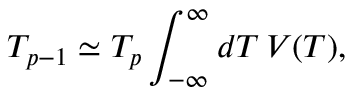
T _ { p - 1 } \simeq T _ { p } \int _ { - \infty } ^ { \infty } d T \, V ( T ) ,